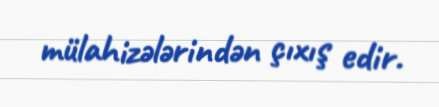
mülahizələrindən çıxış edir.